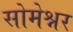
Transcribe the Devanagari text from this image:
सोमेश्नर